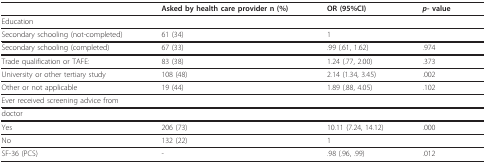
<table><thead><tr><td></td><td><b>Asked by health care provider n (%)</b></td><td><b>OR (95%CI)</b></td><td><b><i>p</i>- value</b></td></tr></thead><tbody><tr><td>Education</td><td></td><td></td><td></td></tr><tr><td>Secondary schooling (not-completed)</td><td>61 (34)</td><td>1</td><td></td></tr><tr><td>Secondary schooling (completed)</td><td>67 (33)</td><td>.99 (.61, 1.62)</td><td>.974</td></tr><tr><td>Trade qualification or TAFE:</td><td>83 (38)</td><td>1.24 (.77, 2.00)</td><td>.373</td></tr><tr><td>University or other tertiary study</td><td>108 (48)</td><td>2.14 (1.34, 3.45)</td><td>.002</td></tr><tr><td>Other or not applicable</td><td>19 (44)</td><td>1.89 (.88, 4.05)</td><td>.102</td></tr><tr><td>Ever received screening advice from</td><td></td><td></td><td></td></tr><tr><td>doctor</td><td></td><td></td><td></td></tr><tr><td>Yes</td><td>206 (73)</td><td>10.11 (7.24, 14.12)</td><td>.000</td></tr><tr><td>No</td><td>132 (22)</td><td>1</td><td></td></tr><tr><td>SF-36 (PCS)</td><td>-</td><td>.98 (.96, .99)</td><td>.012</td></tr></tbody></table>